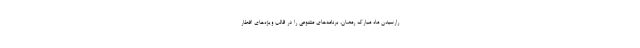
رارسیدن ماه مبارک رمضان، ‌برنامه‌های متنوعی را در قالب ویژه‌های افطار